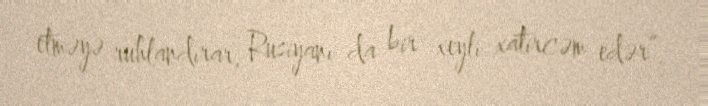
etməyə ruhlandırar, Rusiyanı da bir xeyli xatircəm edər”.